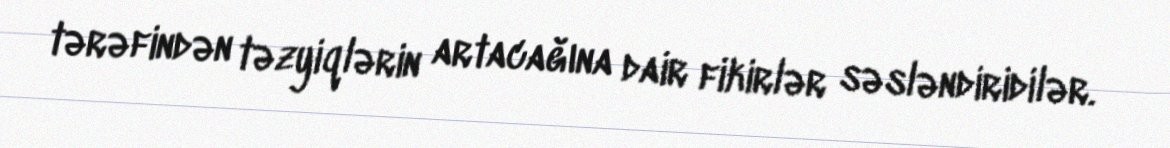
tərəfindən təzyiqlərin artacağına dair fikirlər səsləndiridilər.